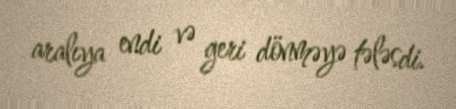
aralıya endi və geri dönməyə tələsdi.